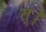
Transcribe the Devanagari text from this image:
त्।